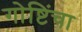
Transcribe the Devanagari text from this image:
गोष्टिंचा